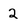
Character: 2